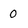
Character: 0